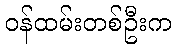
ဝန်ထမ်းတစ်ဦးက